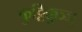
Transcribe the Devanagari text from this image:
कुट्टिक्कुञ्ञु